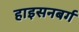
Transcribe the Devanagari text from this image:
हाइसनबर्ग